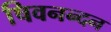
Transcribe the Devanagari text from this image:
षिवनन्दन